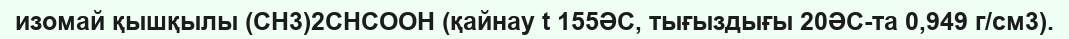
изомай қышқылы (CH3)2CHCOOH (қайнау t 155ӘС, тығыздығы 20ӘС-та 0,949 г/см3).